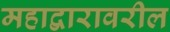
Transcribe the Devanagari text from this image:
महाद्वारावरील